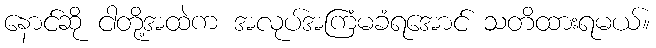
နောင်ဆို ငါတို့အထဲက အလုပ်အကြံမခံရအောင် သတိထားရမယ်။